Leaving Certificate Examination, 1916
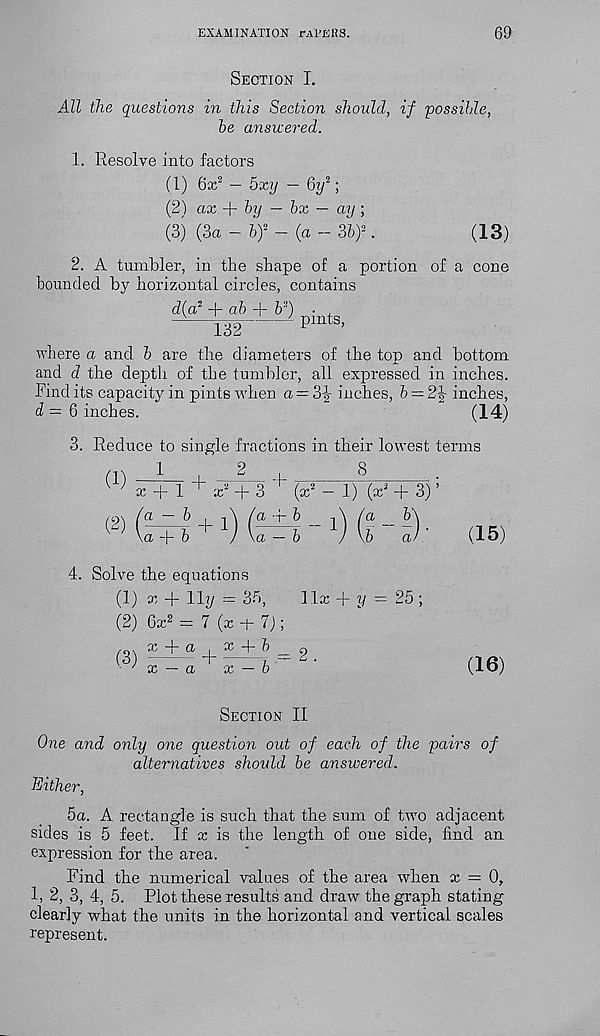
EXAMINATION rAtEliS.
69
Section I.
All the questions in this Section should, if 'possible,
be answered.
1. Resolve into factors
(1) 6x 2 — hxy — 6y 2 ;
(2) ax -\- by — hx — ay,
(3) (3a - bf — (a — 3b) 2 .
(13)
2. A tumbler, in the shape of a portion of a cone
hounded by horizontal circles, contains
d(a 2 + ah + b 2 )
132
pints,
where a and b are the diameters of the top and bottom
and d the depth of the tumbler, all expressed in inches.
Find its capacity in pints when a = 3|- inches, b = 2^ inches,
d = Q inches.
(14)
3. Reduce to single fractions in their lowest terms
1
,
2__
8
.
x 2 + 3
(x 2
dr -4- 6
(1)
(2)
x + 1
a — b
a ~\- b
F 1
a — b
1
1) (x 2 + 3) ’
a __ b\
b
a)
(15)
4. Solve the equations
(1) x + 11?/= 3. r >,
1 lx -)-?/ = 25 ;
(2) Gx 2 = 7 (x + 7);
x + a S x + h _ 9
x — a
x — b
(16)
Section II
One and only one question out of each of the pairs of
alternatives should be answered.
Either,
5a. A rectangle is such that the sum of two adjacent
sides is 5 feet. If x is the length of one side, find an
expression for the area.
Find the numerical values of the area when x = 0,
1, 2, 3, 4, 5. Plot these results and draw the graph stating
clearly what the units in the horizontal and vertical scales
represent.